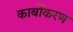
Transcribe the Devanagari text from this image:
कार्बोकरण